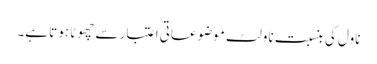
ناول کی بنسبت ناولٹ موضوعاتی اعتبار سے چھوٹا ہوتا ہے۔